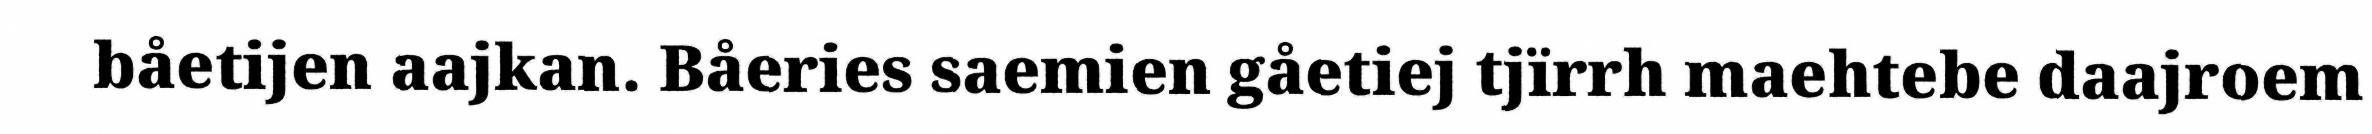
båetijen aajkan. Båeries saemien gåetiej tjïrrh maehtebe daajroem